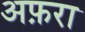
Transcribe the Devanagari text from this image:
अफ़रा